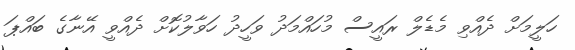
ހަލީމަށް ދެއްވި މެޑެލް ރައީސް މުހައްމަދު ވަހީދު ހަވާލުކޮށް ދެއްވީ އޭނާގެ ބައްޕަ